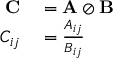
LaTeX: \begin{array} { r l } { \mathbf { C } } & { { } = \mathbf { A } \oslash \mathbf { B } } \\ { C _ { i j } } & { { } = { \frac { A _ { i j } } { B _ { i j } } } } \end{array}